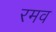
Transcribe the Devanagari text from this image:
रमव